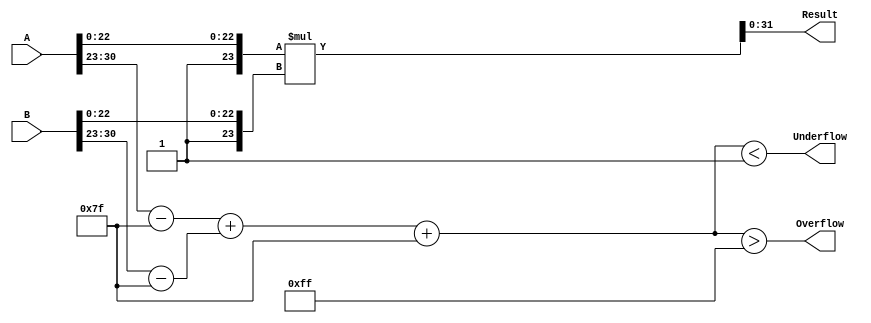
module FloatingPointMultiplier (
    input  wire [31:0] A,         // Input A
    input  wire [31:0] B,         // Input B
    output wire [31:0] Result,    // Result of A * B
    output wire Overflow,          // Overflow flag
    output wire Underflow          // Underflow flag
);

    // Constants for IEEE 754
    localparam BIAS = 8'h7F; // Bias for exponent
    localparam EXPONENT_BITS = 8;
    localparam MANTISSA_BITS = 23;

    // Breakdown the inputs according to IEEE 754
    wire signA = A[31];
    wire signB = B[31];
    wire [EXPONENT_BITS-1:0] exponentA = A[30:23];
    wire [EXPONENT_BITS-1:0] exponentB = B[30:23];
    wire [MANTISSA_BITS-1:0] mantissaA = A[22:0];
    wire [MANTISSA_BITS-1:0] mantissaB = B[22:0];

    // Calculate the sign of the result
    wire signResult = signA ^ signB;

    // Calculate the exponents
    wire [EXPONENT_BITS:0] expA = {1'b0, exponentA} - BIAS; // Unbiased exponent A
    wire [EXPONENT_BITS:0] expB = {1'b0, exponentB} - BIAS; // Unbiased exponent B
    wire [EXPONENT_BITS+1:0] expResult = expA + expB + BIAS; // Sum and bias

    // Calculate mantissas with implicit leading 1
    wire [MANTISSA_BITS+1:0] mantA = {1'b1, mantissaA}; // Implicit leading 1 for normalized numbers
    wire [MANTISSA_BITS+1:0] mantB = {1'b1, mantissaB};

    // Mantissa multiplication (using simple multiplication for example)
    wire [2*MANTISSA_BITS+2:0] mantResult = mantA * mantB;

    // Normalization and exponent adjustment
    reg [31:0] finalResult;
    reg [EXPONENT_BITS:0] adjustedExponent;

    always @(*) begin
        // Check for normalization
        if (mantResult[2*MANTISSA_BITS+2] == 1'b1) begin
            adjustedExponent = expResult + 1'b1; // Shift right
            finalResult = {signResult, adjustedExponent[EXPONENT_BITS-1:0], mantResult[2*MANTISSA_BITS+1:1]};
        end else begin
            adjustedExponent = expResult;
            finalResult = {signResult, adjustedExponent[EXPONENT_BITS-1:0], mantResult[2*MANTISSA_BITS:0]};
        end
    end

    // Assign final result and flags
    assign Result = finalResult;

    // Handling Overflow and Underflow
    assign Overflow = (adjustedExponent > 8'hFF);
    assign Underflow = (adjustedExponent < 8'h01);

endmodule